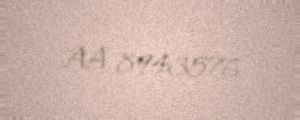
AA 8943576